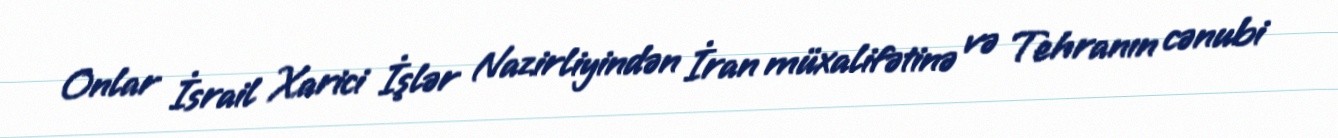
Onlar İsrail Xarici İşlər Nazirliyindən İran müxalifətinə və Tehranın cənubi